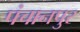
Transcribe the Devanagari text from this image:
पंचानपुर